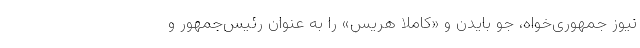
نیوز جمهوری‌خواه، جو بایدن و «کاملا هریس» را به عنوان رئیس‌جمهور و